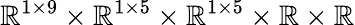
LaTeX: \mathbb{R}^{1\times 9}\times\mathbb{R}^{1\times 5}\times\mathbb{R}^{1\times 5}\times\mathbb{R}\times\mathbb{R}